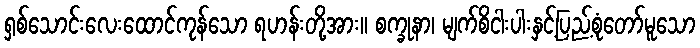
ရှစ်သောင်းလေးထောင်ကုန်သော ရဟန်းတို့အား။ စက္ခုနာ၊ မျက်စိငါးပါးနှင့်ပြည့်စုံတော်မူသော